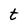
Character: t